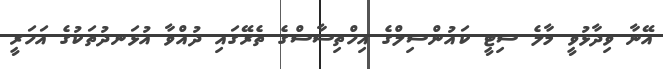
އޭނާ ވިދާޅުވީ މާލެ ސިޓީ ކައުންސިލްގެ އިހްތިސާސްގެ ތެރޭގައި ދުއްވާ އުޅަނދުތަކުގެ އަހަރީ